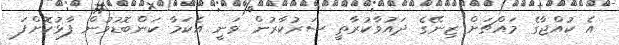
އެ ކުއްޖާގެ މައްޗަށް ޒިނޭގެ ދައުވާކުރާތީ ސަރުކާރުން ވަނީ އެކަމާ ކަންބޮޑުވުން ފާޅުކޮށްފަ